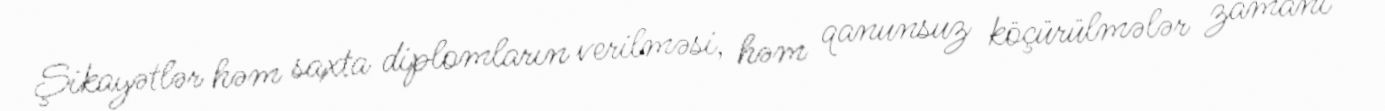
Şikayətlər həm saxta diplomların verilməsi, həm qanunsuz köçürülmələr zamanı